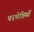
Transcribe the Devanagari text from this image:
परमेष्ठियों